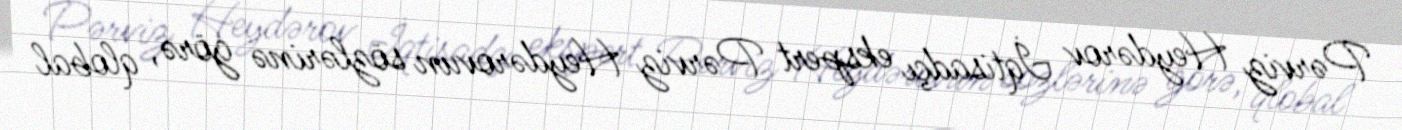
Pərviz Heydərov İqtisadçı ekspert Pərviz Heydərovun sözlərinə görə, qlobal